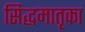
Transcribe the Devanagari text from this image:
सिद्धमातृका